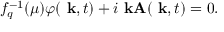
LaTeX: f _ { q } ^ { - 1 } ( \mu ) \varphi ( \mathrm { \bf ~ k } , t ) + i \mathrm { \bf ~ k A } ( \mathrm { \bf ~ k } , t ) = 0 .